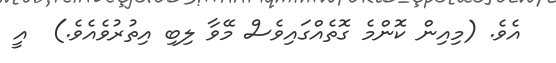
އެވެ. (މިއިން ކޮންމެ ގޮތެއްގައިވެސް މޭވާ ލިބި އިތުރުވެއެވެ.)  އީ